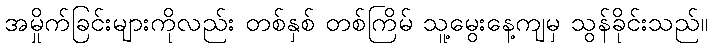
အမှိုက်ခြင်းများကိုလည်း တစ်နှစ် တစ်ကြိမ် သူ့မွေးနေ့ကျမှ သွန်ခိုင်းသည်။